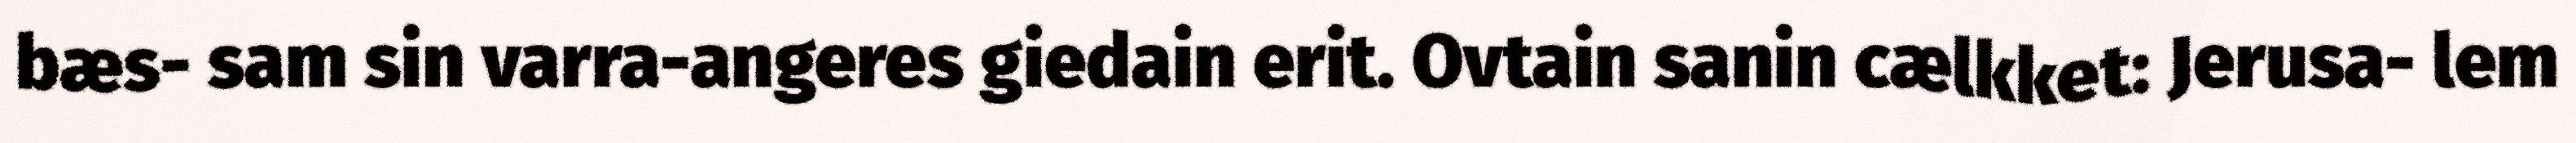
bæs- sam sin varra-angeres giedain erit. Ovtain sanin cælkket: Jerusa- lem